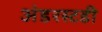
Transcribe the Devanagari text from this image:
अंडरस्टडी